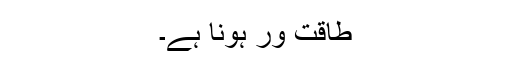
طاقت ور ہونا ہے۔